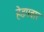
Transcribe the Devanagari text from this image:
हेडगवार